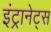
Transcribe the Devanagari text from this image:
इंट्रानेट्स